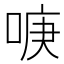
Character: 𱓒